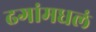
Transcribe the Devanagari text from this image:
ढगांमधलं